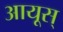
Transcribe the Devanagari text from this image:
आयूस्‌